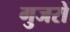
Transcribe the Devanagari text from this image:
गुजरो